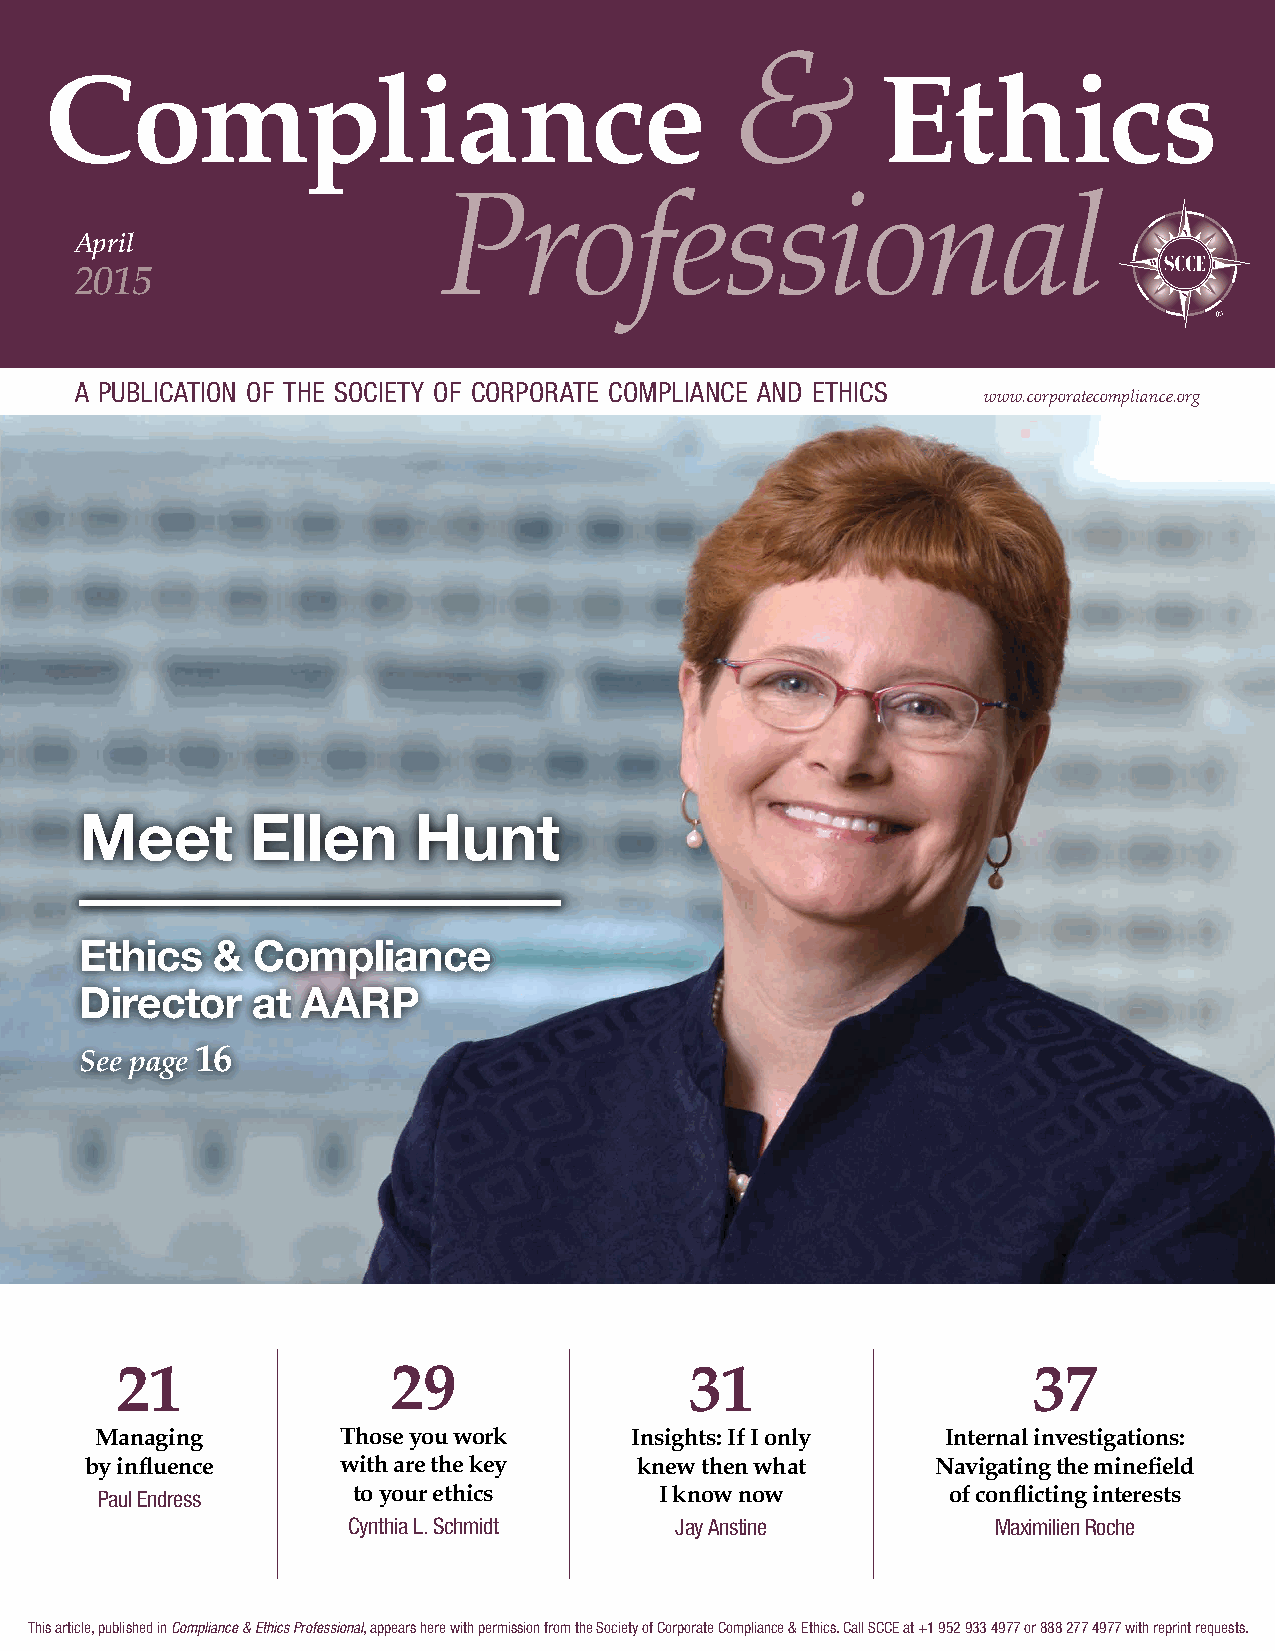
&
 Compliance                                             Ethics
 Professional
 April
 2015
 a publication of the society of corporate compliance and ethics
 www.corporatecompliance.org
 Meet        Ellen     Hunt
 Ethics   &  Compliance
 Director    at AARP
 16
 See page
 21                29                  31                    37
 Managing        Those you work      Insights: If I only  Internal investigations:
 by influence    with are the key    knew then what      Navigating the minefield
 Paul Endress     to your ethics       I know now         of conflicting interests
 Cynthia L. Schmidt    Jay Anstine          Maximilien Roche
 This article, published in Compliance & Ethics Professional, appears here with permission from the Society of Corporate Compliance & Ethics. Call SCCE at +1 952 933 4977 or 888 277 4977 with reprint requests.